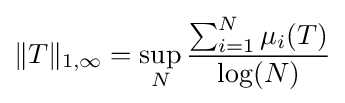
\|T\|_{1,\infty }=\sup _{N}{\frac {\sum _{i=1}^{N}\mu _{i}(T)}{\log(N)}}